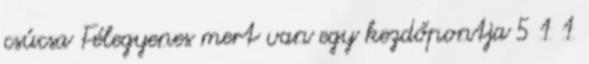
csúcsa Félegyenes mert van egy kezdőpontja 5 1 1